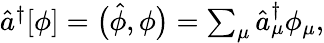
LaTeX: \begin{array}{r}{\hat{a}^{\dagger}[\phi]=\bigl(\hat{\phi},\phi\bigr)=\sum_{\mu}\hat{a}_{\mu}^{\dagger}\phi_{\mu},}\end{array}